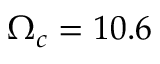
\Omega _ { c } = 1 0 . 6